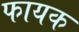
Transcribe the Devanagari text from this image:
फायक